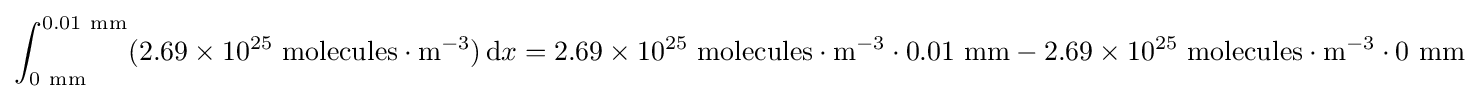
\int _{0~{\text{mm}}}^{0.01~{\text{mm}}}(2.69\times 10^{25}~{\text{molecules}}\cdot {\text{m}}^{-3})\,\mathrm {d} x=2.69\times 10^{25}~{\text{molecules}}\cdot {\text{m}}^{-3}\cdot 0.01~{\text{mm}}-2.69\times 10^{25}~{\text{molecules}}\cdot {\text{m}}^{-3}\cdot 0~{\text{mm}}